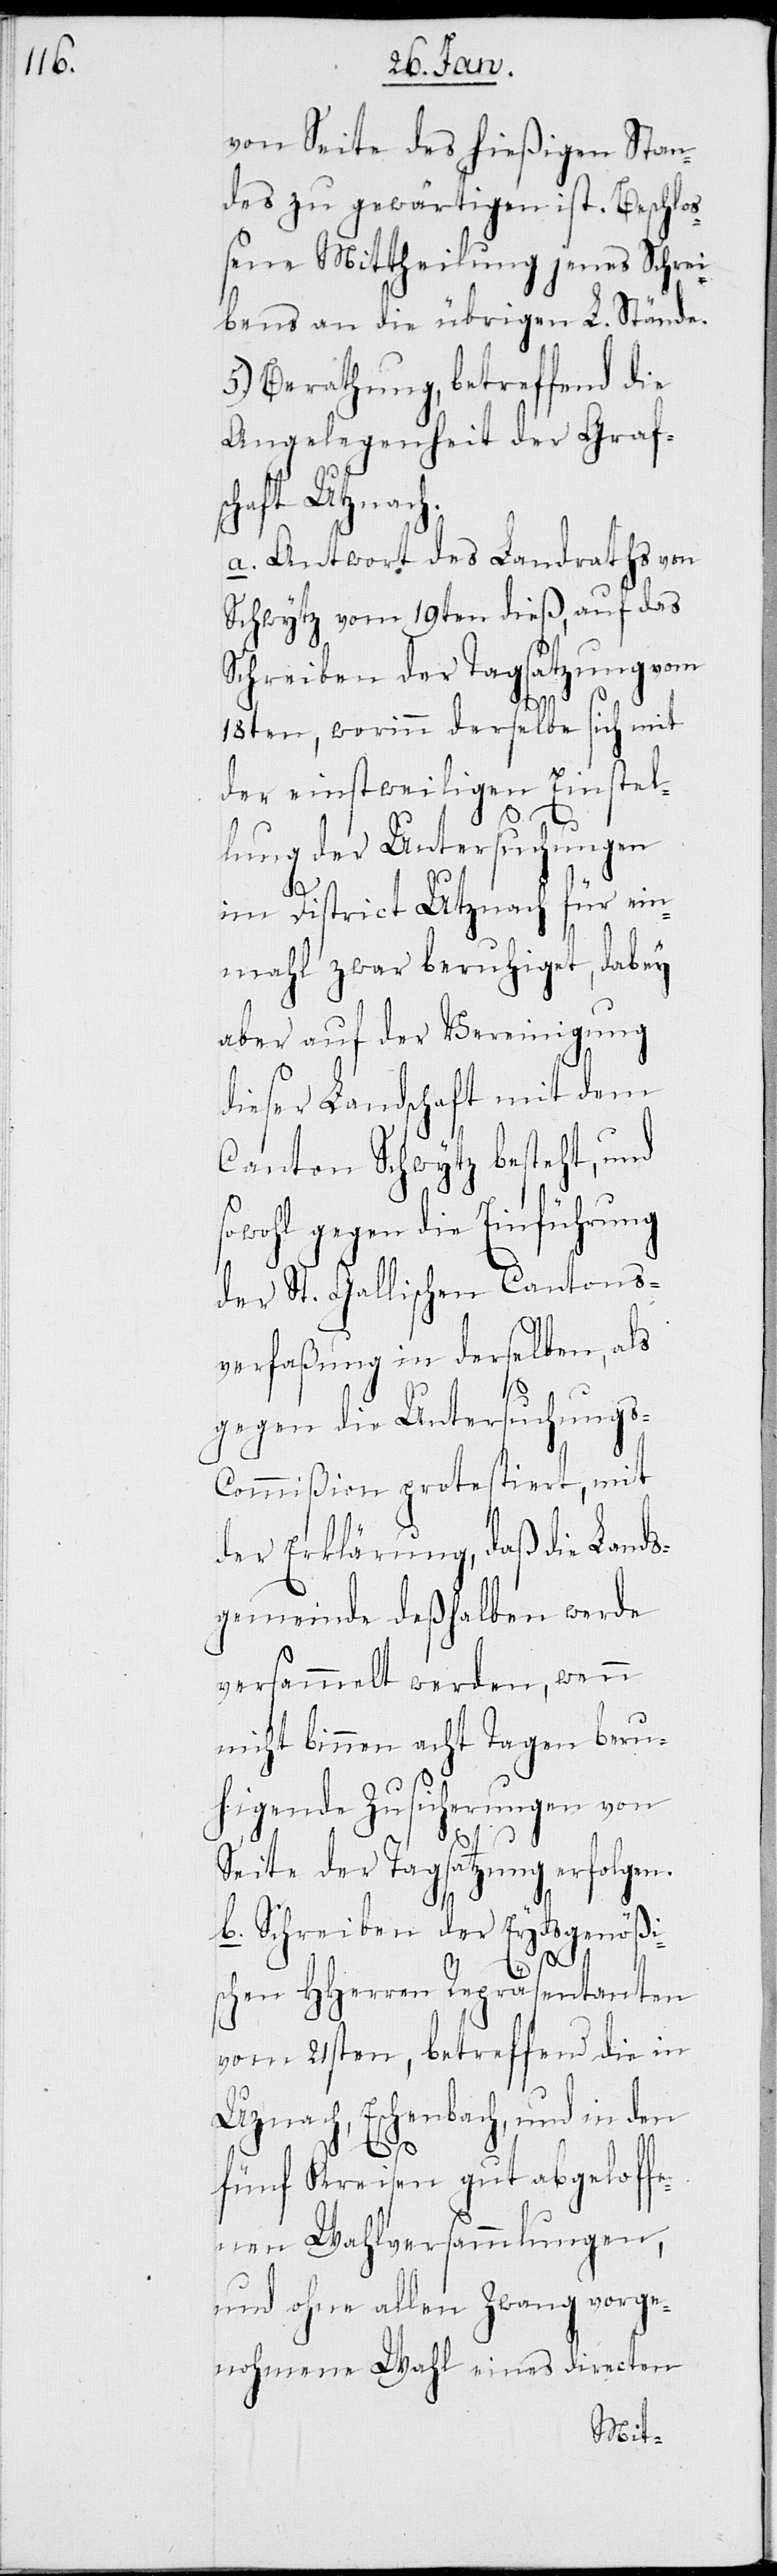
von Seite des hießigen Stan¬
des zu gewärtigen ist. Beschlo¬
ßene Mittheilung jenes Schrei¬
bens an die übrigen L. Stände.
5.) Berathung, betreffend die
Angelegenheit der Grafs¬
chaft Utznach.
a. Antwort des Landraths von
Schwytz vom 19ten dieß, auf das
Schreiben der Tagsatzung vom
s¬
18ten, worinn derselbe sich mit
der einstweiligen Einstel¬
lung der Untersuchungen
im District Utznach für ein¬
mahl zwar beruhiget, dabey
aber auf der Vereinigung
dieser Landschaft mit dem
Canton Schwytz besteht, und
owohl gegen die Einführung
der St. Gallischen Cantons¬
verfaßung in derselben, als
gegen die Untersuchungs-C¬
ommißion protestiert, mit
der Erklärung, daß die Lands¬
gemeinde deßhalben werde
versammelt werden, wenn
nicht binnen acht Tagen beru¬
higende Zusicherungen von
Seite der Tagsatzung erfolgen.
b. Schreiben der Eydsgenößi¬
schen HHerren Repräsentanten
vom 21sten, betreffend die in
Utznach, Eschenbach, und in den
fünf Kreisen gut abgeloffe¬
nen Wahlversammlungen,
und ohne allen Zwang vorge¬
nohmene Wahl eines directen